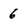
Character: 6